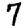
Digit: 7